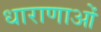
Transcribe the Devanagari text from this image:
धाराणाओं